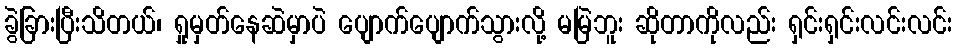
ခွဲခြားပြီးသိတယ်၊ ရှုမှတ်နေဆဲမှာပဲ ပျောက်ပျောက်သွားလို့ မမြဲဘူး ဆိုတာကိုလည်း ရှင်းရှင်းလင်းလင်း